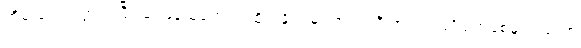
တိမ်းရှောင်သွားပါပြီ၊၊ ဝေဖန်သူတွေက ထိုင်းနိုင်ငံမှာ ဘုရင်ကို အကြည်ညိုပျက်စေမှု ပုဒ်မဟာ